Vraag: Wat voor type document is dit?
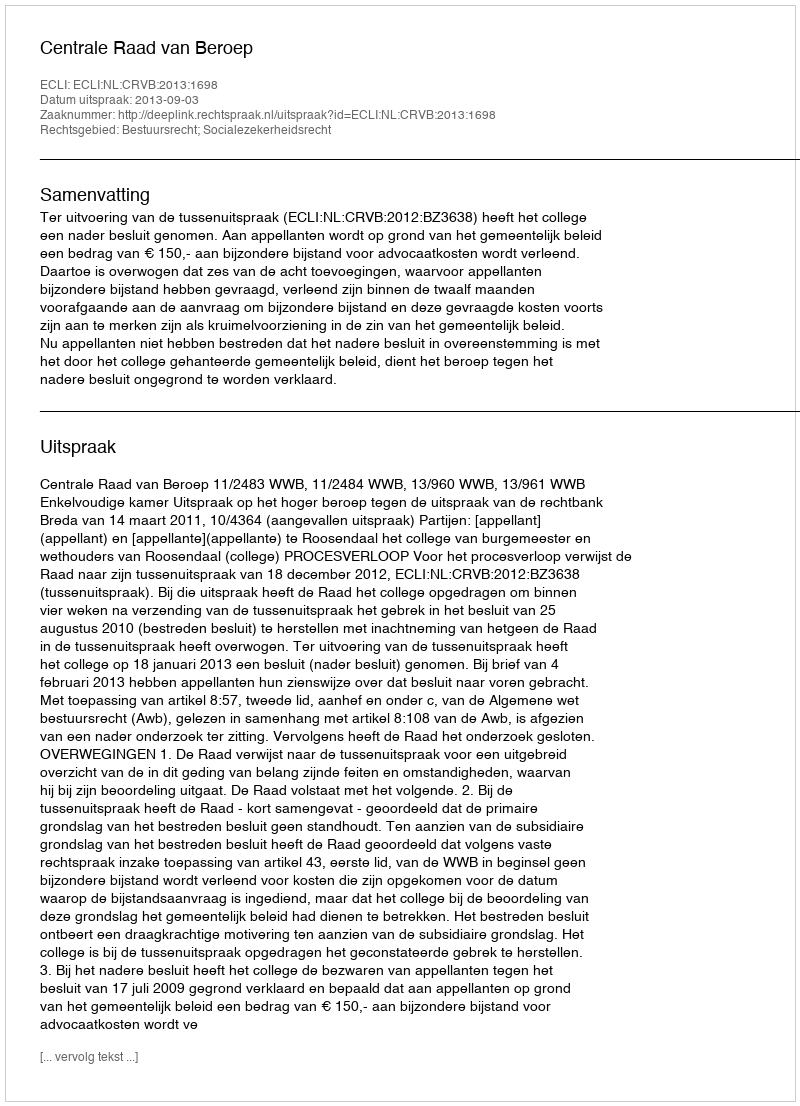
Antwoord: Uitspraak